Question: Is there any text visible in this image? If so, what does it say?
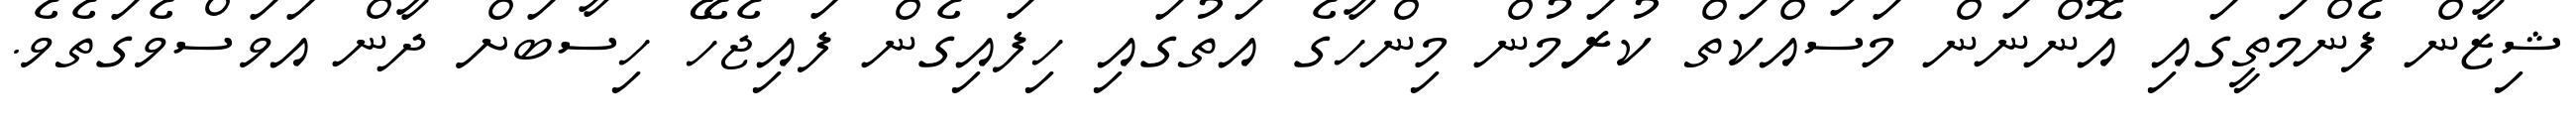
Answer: ޝިޒާން ފެންމަތީގައި އޮންނަން މަސައްކަތް ކުރަމުން މިންހާގެ އަތުގައި ހިފައިގެން ފައިޖެހޭ ހިސާބަށް ދާން އަވަސްވެގަތެވެ.